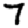
Digit: 7